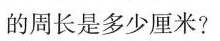
的周长是多少厘米?